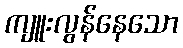
ကျူးလွန်နေသော